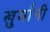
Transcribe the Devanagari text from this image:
खुर्मानी